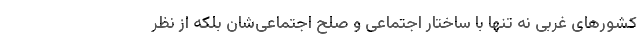
کشورهای غربی نه تنها با ساختار اجتماعی و صلح اجتماعی‌شان بلکه از نظر